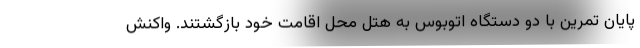
پایان تمرین با دو دستگاه اتوبوس به هتل محل اقامت خود بازگشتند. واکنش